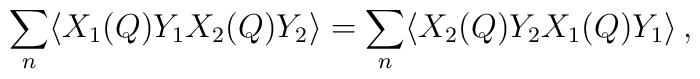
\sum_n\langle X_1(Q)Y_1X_2(Q)Y_2\rangle = \sum_n\langle X_2(Q)Y_2X_1(Q)Y_1\rangle \,,